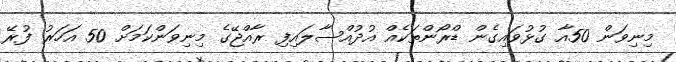
މިނިވަން 50އާ ގުޅުވައިގެން ޑްރޯންތަކެއް އުދުއްސާލައިފި ރާއްޖޭގެ މިނިވަންކަމަށް 50 އަހަރު ފުރޭ